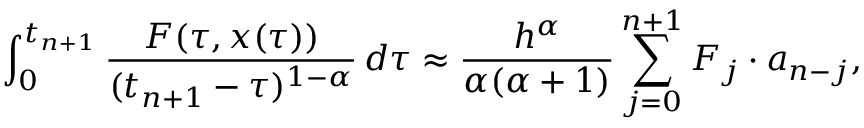
\int _ { 0 } ^ { t _ { n + 1 } } \frac { F ( \tau , x ( \tau ) ) } { ( t _ { n + 1 } - \tau ) ^ { 1 - \alpha } } \, d \tau \approx \frac { h ^ { \alpha } } { \alpha ( \alpha + 1 ) } \sum _ { j = 0 } ^ { n + 1 } F _ { j } \cdot a _ { n - j } ,